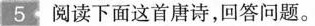
5阅读下面这首唐诗，回答问题。